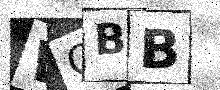
Text: WOBB